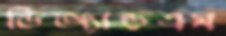
ডিঅ্যান্ডএম